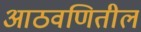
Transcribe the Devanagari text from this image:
आठवणितील